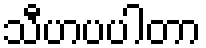
သီဟပပါတာ